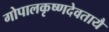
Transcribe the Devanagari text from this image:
गोपालकृष्णदेवतायै